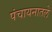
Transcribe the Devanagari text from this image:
पंचायनातले